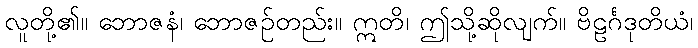
လူတို့၏။ ဘောဇနံ၊ ဘောဇဉ်တည်း။ ဣတိ၊ ဤသို့ဆိုလျက်။ ဗိဠင်္ဂဒုတိယံ၊